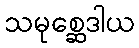
သမုစ္ဆေဒါယ